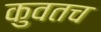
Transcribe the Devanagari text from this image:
कुवतच